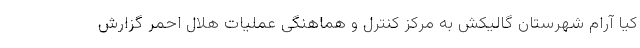
کیا آرام شهرستان گالیکش به مرکز کنترل و هماهنگی عملیات هلال احمر گزارش